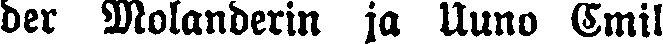
der Molanderin ja Uuno Emil